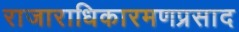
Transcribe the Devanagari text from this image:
राजाराधिकारमणप्रसाद